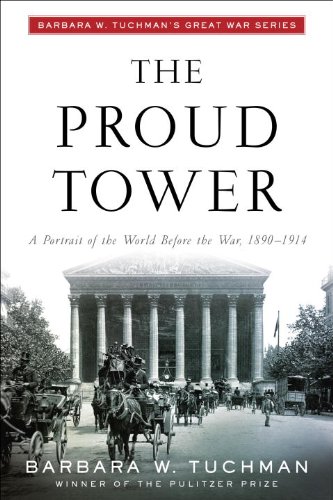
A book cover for The Proud Tower: A Portrait of the World Before the War, 1890-1914; Barbara W. Tuchman; History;